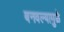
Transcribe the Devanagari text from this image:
बनवल्यामुळे